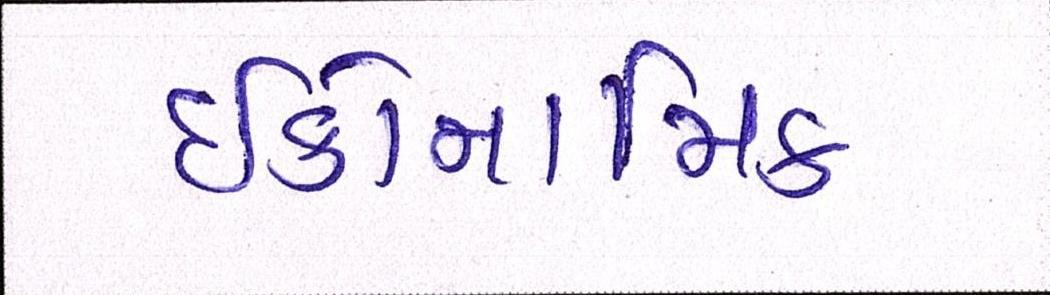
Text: ઇકોનોમિક